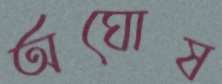
অঘোষ